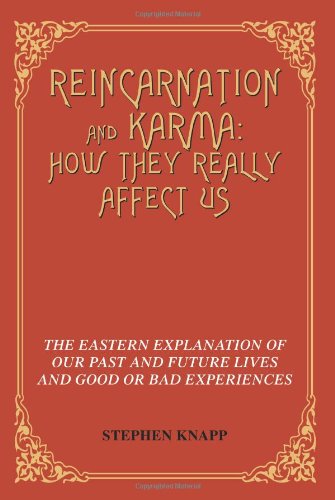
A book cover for Reincarnation and Karma: How They Really Affect Us: The Eastern Explanation of Our Past and Future Lives and Good or Bad Experiences; Stephen Knapp; Religion & Spirituality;